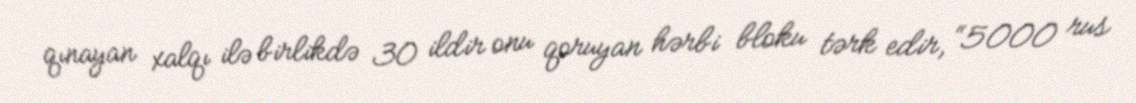
qınayan xalqı ilə birlikdə 30 ildir onu qoruyan hərbi bloku tərk edir, “5000 rus